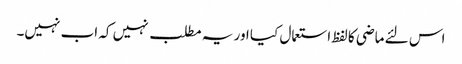
اس لئے ماضی کا لفظ استعمال کیا اور یہ مطلب نہیں کہ اب نہیں۔